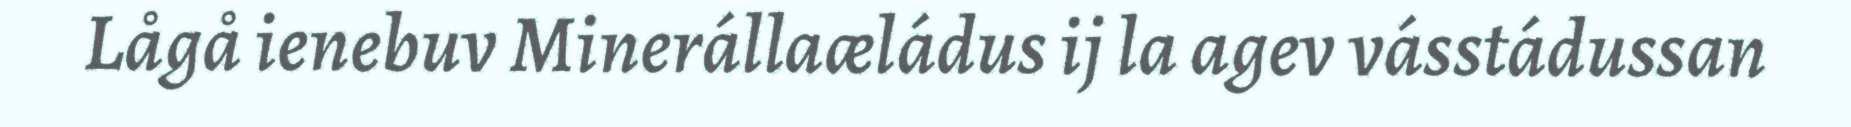
Lågå ienebuv Minerállaæládus ij la agev vásstádussan